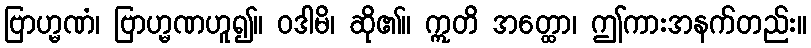
ဗြာဟ္မဏံ၊ ဗြာဟ္မဏဟူ၍။ ဝဒါမိ၊ ဆို၏။ ဣတိ အတ္ထော၊ ဤကားအနက်တည်း။